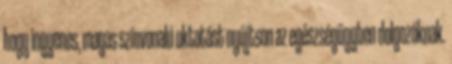
hogy ingyenes, magas színvonalú oktatást nyújtson az egészségügyben dolgozóknak.